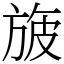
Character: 旇